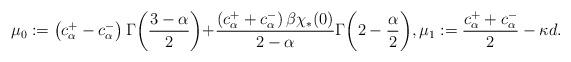
LaTeX: \begin{align*}\mu_{0}:=\left(c_{\alpha}^{+}-c_{\alpha}^{-}\right)\Gamma\biggl(\frac{3-\alpha}{2}\biggl)+\frac{\left(c_{\alpha}^{+}+c_{\alpha}^{-}\right)\beta\chi_{*}(0)}{2-\alpha}\Gamma\biggl(2-\frac{\alpha}{2}\biggl), \mu_{1}:=\frac{c_{\alpha}^{+}+c_{\alpha}^{-}}{2}-\kappa d. \end{align*}